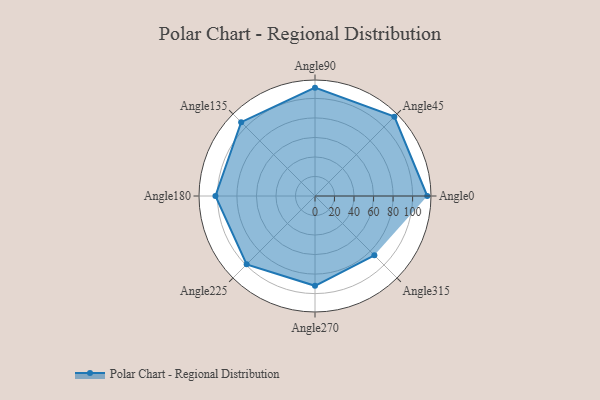
{"axis": {"x": "Angle", "y": "Radius"}, "legend": [""], "data": [{"x": "Angle0", "y": 115.0, "type": ""}, {"x": "Angle45", "y": 115.0, "type": ""}, {"x": "Angle90", "y": 111.0, "type": ""}, {"x": "Angle135", "y": 107.0, "type": ""}, {"x": "Angle180", "y": 102.0, "type": ""}, {"x": "Angle225", "y": 99.0, "type": ""}, {"x": "Angle270", "y": 92.0, "type": ""}, {"x": "Angle315", "y": 86.0, "type": ""}]}